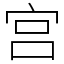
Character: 宫